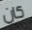
كان